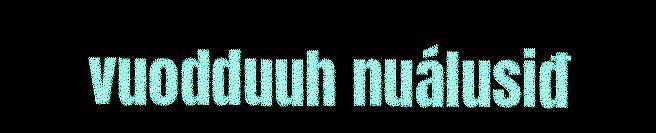
vuodduuh nuálusiđ